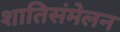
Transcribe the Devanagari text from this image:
शातिसंमेलन